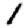
Digit: 1